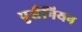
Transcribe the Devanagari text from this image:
पुसैनियन